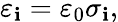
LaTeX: \varepsilon_{\mathbf{i}}=\varepsilon_{0}\sigma_{\mathbf{i}},